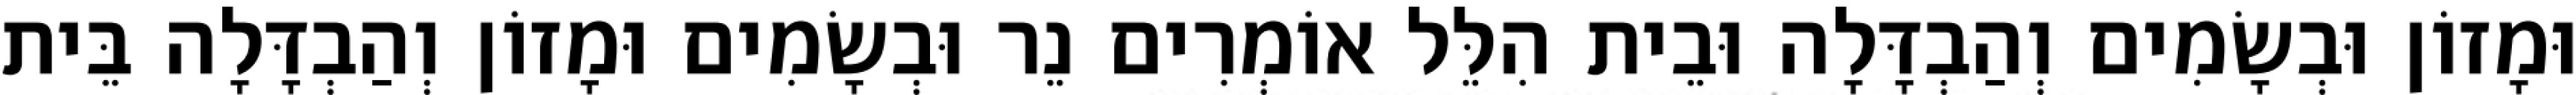
וּמָזוֹן וּבְשָׂמִים וְהַבְדָּלָה וּבֵית הִלֵּל אוֹמְרִים נֵר וּבְשָׂמִים וּמָזוֹן וְהַבְדָּלָה בֵּית